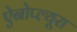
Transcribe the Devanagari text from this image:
ऐनोप्ल्यूरा